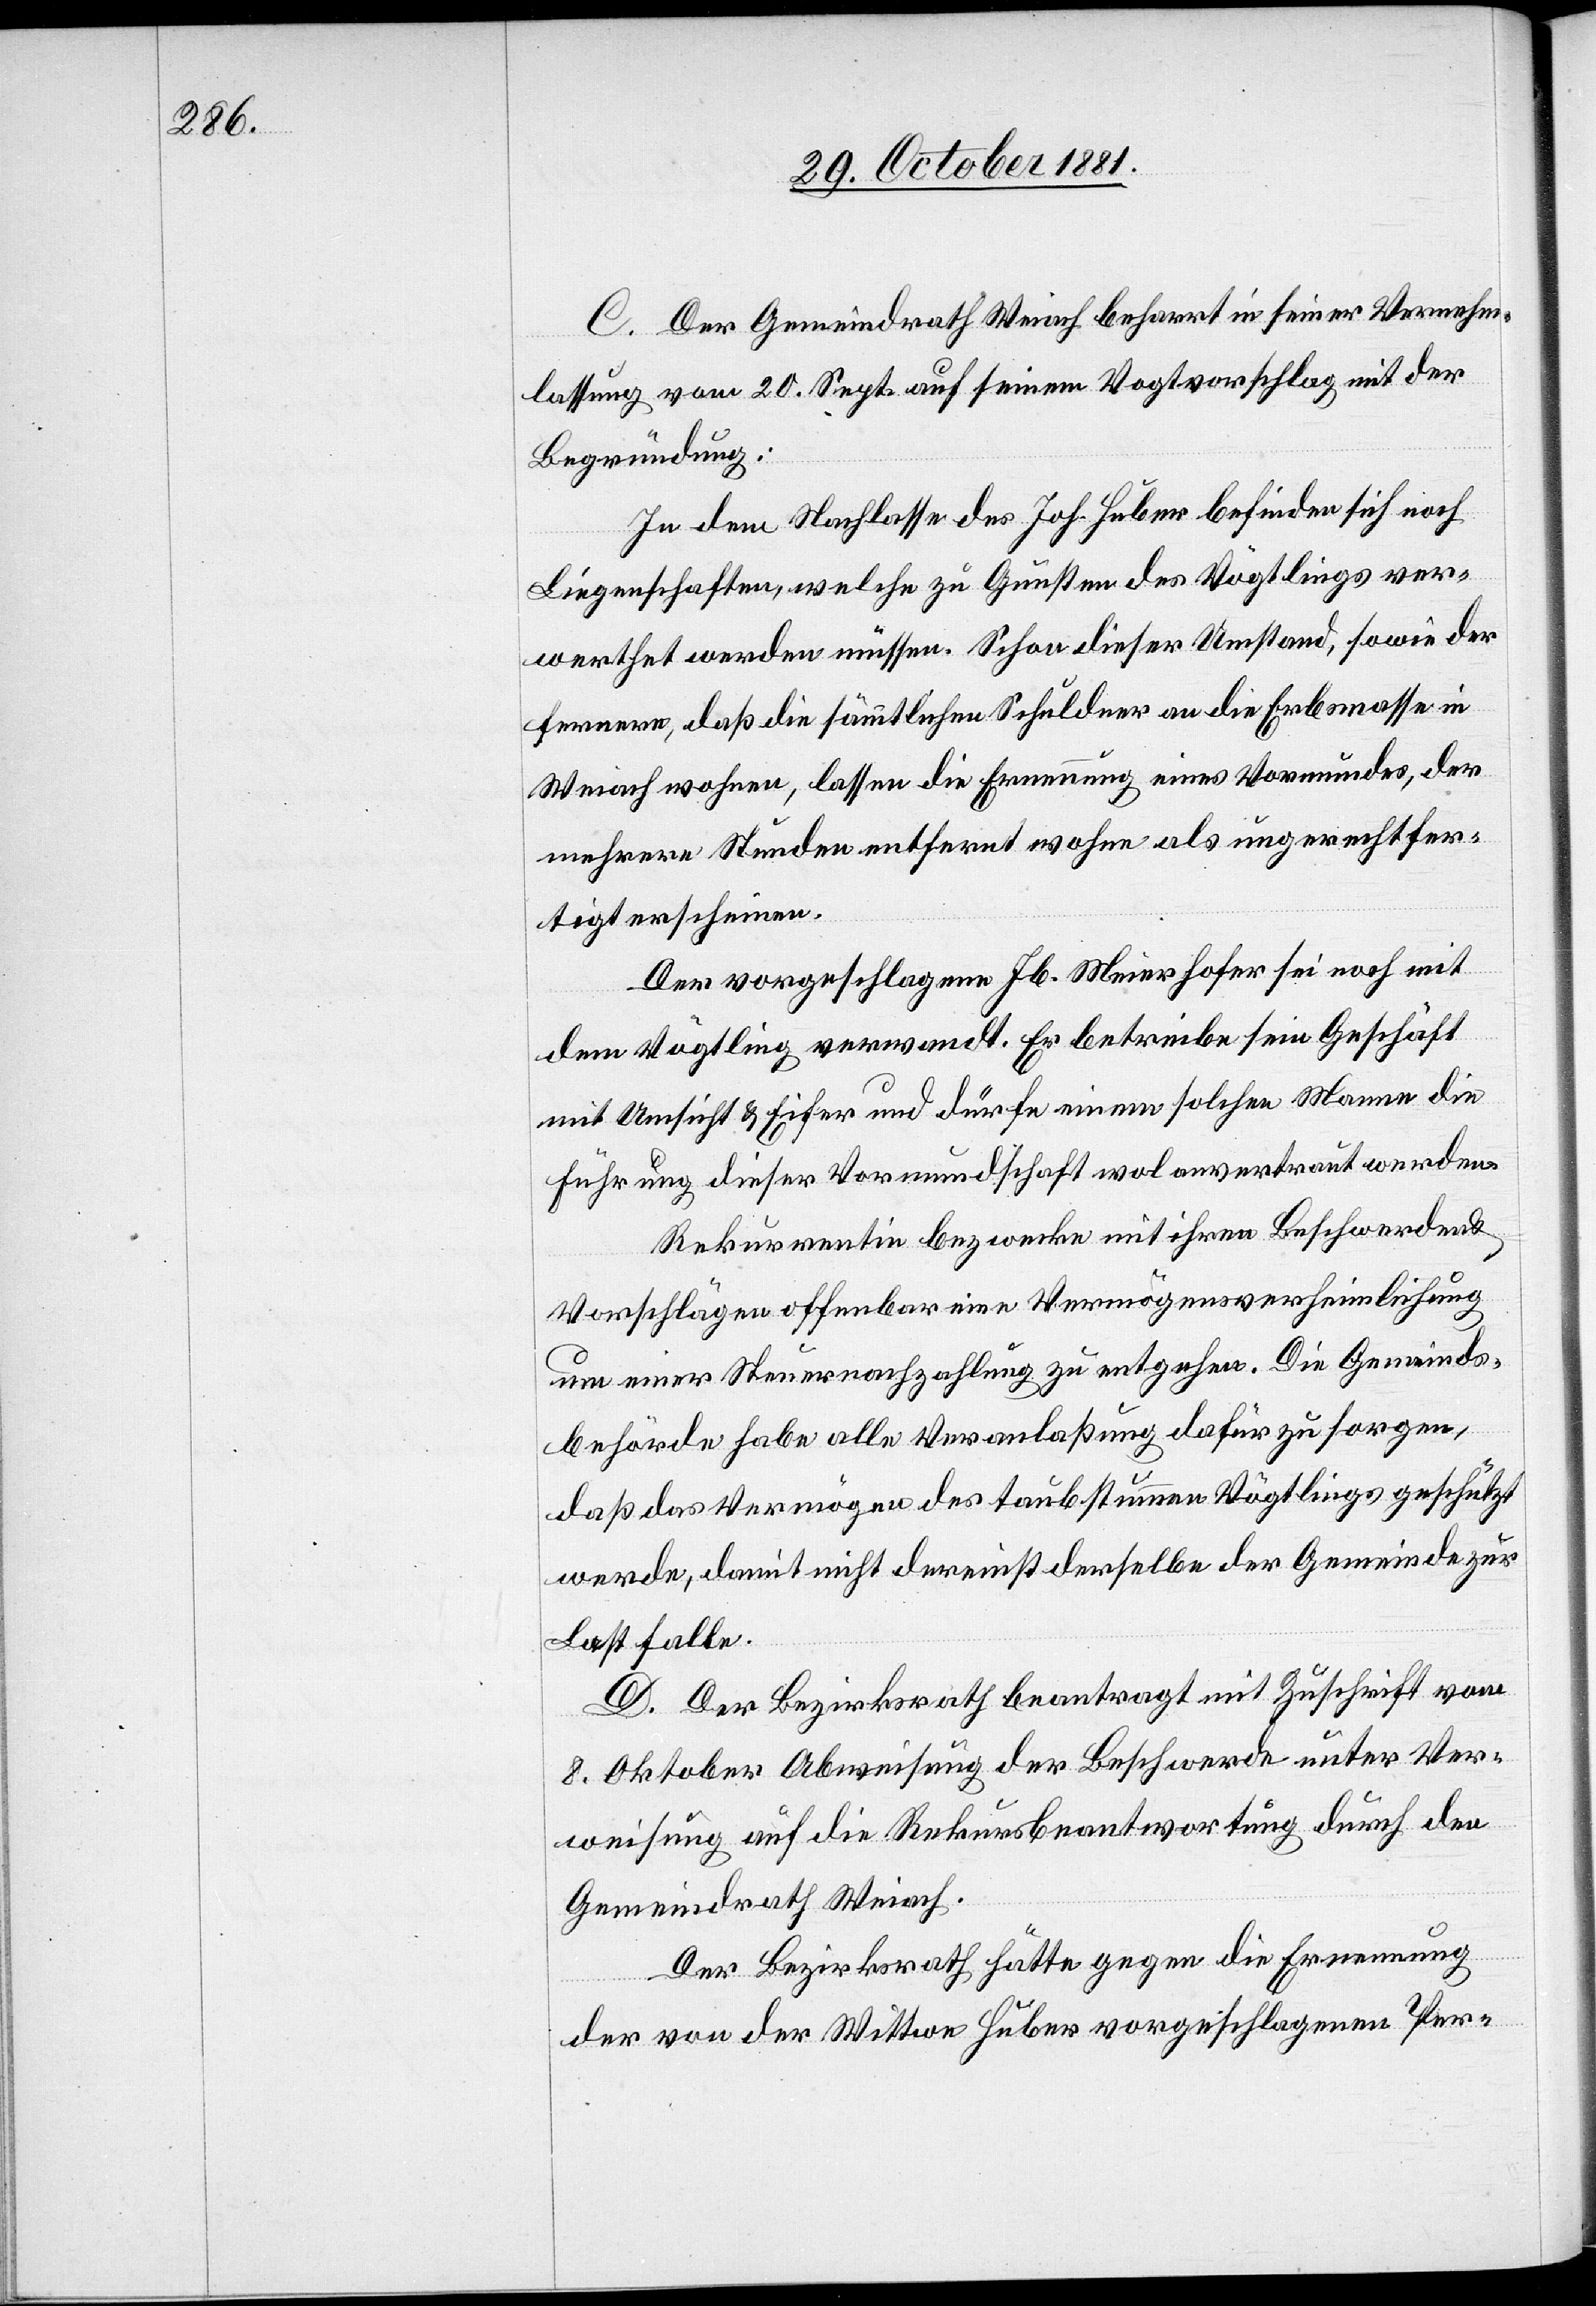
C. Der Gemeindrath Weiach beharrt in seiner Vernehm¬
lassung vom 20. Sept. auf seinem Vogtvorschlag mit der
Begründung:
In dem Nachlasse des Joh. Huber befinde sich noch
Liegenschaften, welche zu Gunsten des Vögtlings ver¬
werthet werden müssen. Schon dieser Umstand, sowie der
fernere, daß die sämmtlichen Schuldner an die Erbsmasse in
Weiach wohnen, lassen die Ernennung eines Vormundes, der
mehrere Stunden entfernt wohne als ungerechtfer¬
tigt erscheinen.
Der vorgeschlagene Jb. Meierhofer sei noch mit
dem Vögtling verwandt. Er betreibe sein Geschäft
mit Umsicht & Eifer und dürfe einem solchen Manne die
Führung dieser Vormundschaft wol anvertraut werden.
Rekurrentin bezwecke mit ihren Beschwerden &
Vorschlägen offenbar eine Vermögensverheimlichung
um einer Steuernachzahlung zu entgehen. Die Gemeinds¬
behörde habe alle Veranlaßung dafür zu sorgen,
daß das Vermögen des taubstummen Vögtlings geschützt
werde, damit nicht dereinst derselbe der Gemeinde zur
Last falle.
D. Der Bezirksrath beantragt mit Zuschrift vom
8. Oktober Abweisung der Beschwerde unter Ver¬
weisung auf die Rekursbeantwortung durch den
Gemeindrath Weiach.
Der Bezirksrath hätte gegen die Ernennung
der von der Wittwe Huber vorgeschlagenen Per-